Investigations on Bengal jail dietaries - Number 37
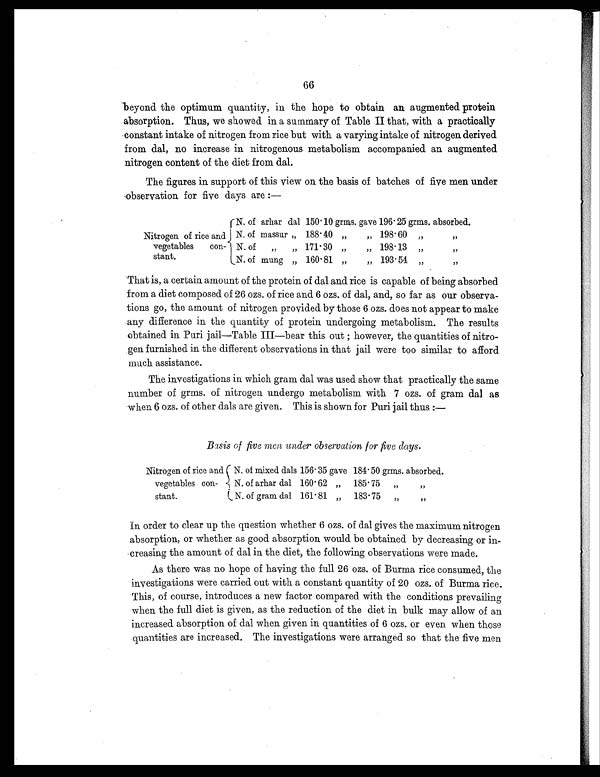
66
beyond the optimum quantity, in the hope to obtain an augmented protein
absorption. Thus, we showed in a summary of Table II that, with a practically
constant intake of nitrogen from rice but with a varying intake of nitrogen derived
from dal, no increase in nitrogenous metabolism accompanied an augmented
nitrogen content of the diet from dal.
The figures in support of this view on the basis of batches of five men under
observation for five days are :—
N . of arhar dal 150. 10 grms. gave 196. 25 grms. absorbed.
Nitrogen of rice and N. of massur ” 188. 40 „
„ 198. 60 „
”
vegetables
con- N.
N. of
„
„ 171. 30 „
„ 198. 13 „
”
stant.
N. of mung ” 160. 81 ”
” 193. 54 ”
”
That is, a certain amount of the protein of dal and rice is capable of being absorbed
from a diet composed of 26 ozs. of rice and 6 ozs. of dal, and, so far as our observa-
tions go, the amount of nitrogen provided by those 6 ozs. does not appear to make
any difference in the quantity of protein undergoing metabolism. The results
obtained in Puri j ail—Table III—bear this out ; however, the quantities of nitro-
gen furnished in the different observations in that jail were too similar to afford
much assistance.
The investigations in which gram dal was used show that practically the same
number of grms. of nitrogen undergo metabolism with 7 ozs. of gram dal as
when 6 ozs. of other dals are given. This is shown for Puri jail thus :—
Basis of five men under observation for five days.
Nitrogen of rice and N. of mixed dals 156. 35 gave 184. 50 grms. absorbed.
vegetables con-
N. of arhar dal 160.62 „ 185. 75 „
„
stant.
N. of gram. dal 161. 81 „ 183. 75 ”
”
In order to clear up the question whether 6 ozs. of dal gives the maximum nitrogen
absorption, or whether as good absorption would be obtained by decreasing or in-
creasing the amount of dal in the diet, the following observations were made.
As there was no hope of having the full 26 ozs. of Burma rice consumed, the
investigations were carried out with a constant quantity of 20 ozs. of Burma rice.
This, of course, introduces a new factor compared with the conditions prevailing
when the full diet is given, as the reduction of the diet in bulk may allow of an
increased absorption of dal when given in quantities of 6 ozs. or even when those
quantities are increased. The investigations were arranged so that the five men